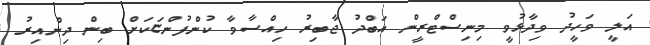
އަލީ ވަހީދު ވިދާޅުވީ މިނިސްޓްރީން އަބްދު ޖާބިރު ހިއްސާވާ ކުންފުންޏަކަށް ބިން ދިންއިރު